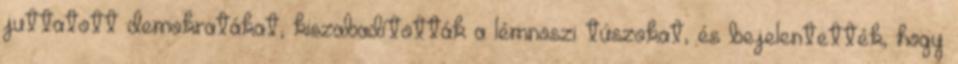
juttatott demokratákat, kiszabadították a lémnoszi túszokat, és bejelentették, hogy